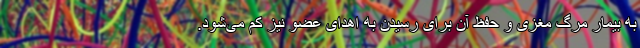
به بیمار مرگ مغزی و حفظ آن برای رسیدن به اهدای عضو نیز کم می‌شود.